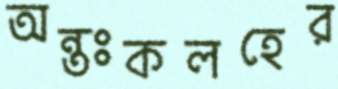
অন্তঃকলহের